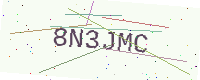
Text: 8N3JMC